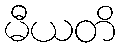
မီယတိ